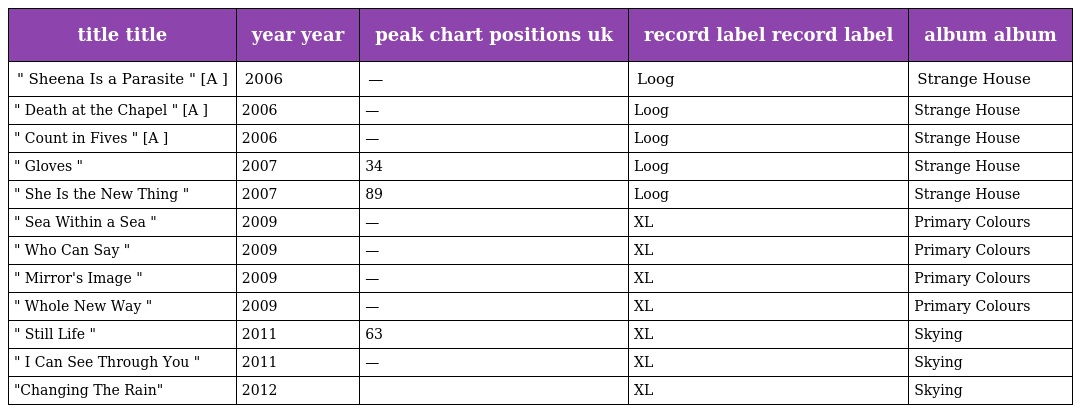
| title title | year year | peak chart positions uk | record label record label | album album |
 | --- | --- | --- | --- | --- |
 | " Sheena Is a Parasite " [A ] | 2006 | — | Loog | Strange House |
 | " Death at the Chapel " [A ] | 2006 | — | Loog | Strange House |
 | " Count in Fives " [A ] | 2006 | — | Loog | Strange House |
 | " Gloves " | 2007 | 34 | Loog | Strange House |
 | " She Is the New Thing " | 2007 | 89 | Loog | Strange House |
 | " Sea Within a Sea " | 2009 | — | XL | Primary Colours |
 | " Who Can Say " | 2009 | — | XL | Primary Colours |
 | " Mirror's Image " | 2009 | — | XL | Primary Colours |
 | " Whole New Way " | 2009 | — | XL | Primary Colours |
 | " Still Life " | 2011 | 63 | XL | Skying |
 | " I Can See Through You " | 2011 | — | XL | Skying |
 | "Changing The Rain" | 2012 |  | XL | Skying |